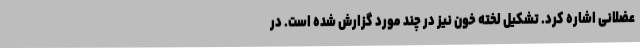
عضلانی اشاره کرد. تشکیل لخته خون نیز در چند مورد گزارش شده است. در